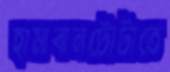
হামাবানটোটাতে